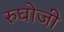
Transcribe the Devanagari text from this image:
रुघोजी